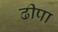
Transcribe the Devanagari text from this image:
ढीपा